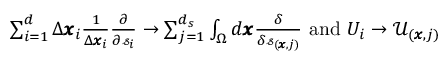
\begin{array} { r } { \sum _ { i = 1 } ^ { d } \Delta \pmb { x } _ { i } \frac { 1 } { \Delta \pmb { x } _ { i } } \frac { \partial } { \partial \mathscr { s } _ { i } } \rightarrow \sum _ { j = 1 } ^ { d _ { s } } \int _ { \Omega } d \pmb { x } \frac { \delta } { \delta \mathscr { s } _ { ( \pmb { x } , j ) } } \mathrm { ~ a n d ~ } U _ { i } \rightarrow \mathcal { U } _ { ( \pmb { x } , j ) } } \end{array}